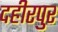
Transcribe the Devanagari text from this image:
दहीरपुर